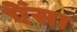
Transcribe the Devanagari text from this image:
ऐंसा